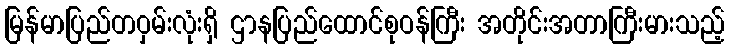
မြန်မာပြည်တဝှမ်းလုံးရှိ ဌာနပြည်ထောင်စုဝန်ကြီး အတိုင်းအတာကြီးမားသည့်